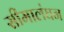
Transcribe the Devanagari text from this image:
सीमालंघन